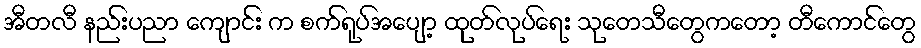
အီတလီ နည်းပညာ ကျောင်း က စက်ရုပ်အပျော့ ထုတ်လုပ်ရေး သုတေသီတွေကတော့ တီကောင်တွေ